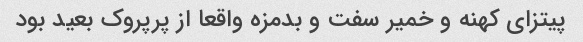
پیتزای کهنه و خمیر سفت و بدمزه واقعا از پرپروک بعید بود